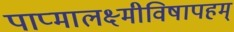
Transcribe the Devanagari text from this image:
पाप्मालक्ष्मीविषापहम्